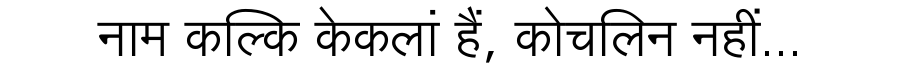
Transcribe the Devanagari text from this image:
नाम कल्कि केकलां हैं, कोचलिन नहीं...